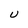
Character: U